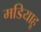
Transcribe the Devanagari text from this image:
मडियाहू